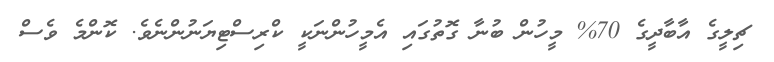
ޗިލީގެ އާބާދީގެ 70% މީހުން ބުނާ ގޮތުގައި އެމީހުންނަކީ ކްރިސްޓިޔަނުންނެވެ. ކޮންމެ ވެސް